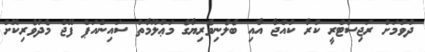
ދުވުމަށް ރަޖިސްޓްރީ ކުރާ ކުއްޖާ އާއި ބެލެނިވެރިޔާގެ މަޢުލޫމާތު ސައިންއަޕް ފޭޖް މެދުވެރިކޮށް